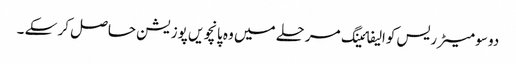
دو سو میٹر ریس کوالیفائینگ مرحلے میں وہ پانچویں پوزیشن حاصل کر سکے ۔